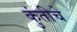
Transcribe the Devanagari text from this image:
कुंतीचे